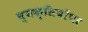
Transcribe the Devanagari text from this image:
व्यक्तियोंपर